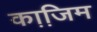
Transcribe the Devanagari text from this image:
का़जि़म